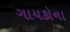
ગાયકોના